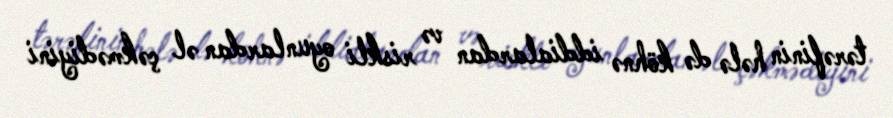
tərəfinin hələ də köhnə iddialardan və riskli oyunlardan əl çəkmədiyini